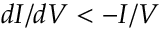
d I / d V < - I / V